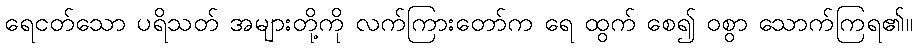
ရေငတ်သော ပရိသတ် အများတို့ကို လက်ကြားတော်က ရေ ထွက် စေ၍ ဝစွာ သောက်ကြရ၏။